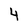
Character: 4